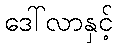
ဒေါ်လာနှင့်